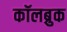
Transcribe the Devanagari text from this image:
कॉलब्रुक